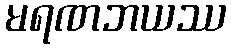
မရဏဘယဿ